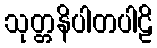
သုတ္တနိပါတပါဠိ